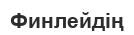
Финлейдің